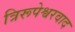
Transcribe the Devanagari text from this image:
त्रिरूपेश्वरवाद